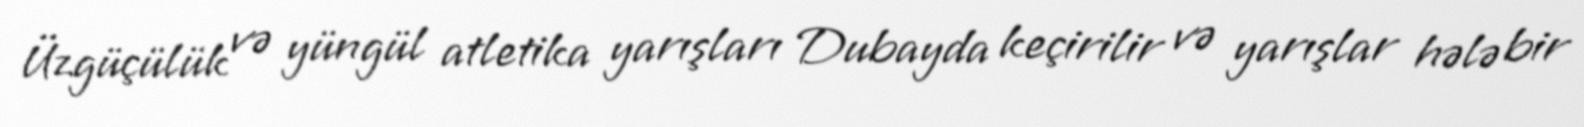
Üzgüçülük və yüngül atletika yarışları Dubayda keçirilir və yarışlar hələ bir